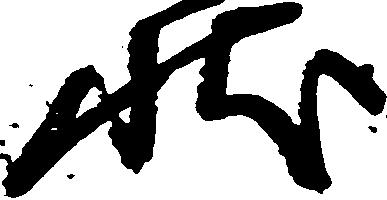
状